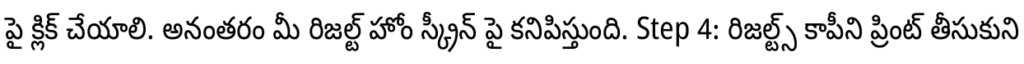
పై క్లిక్ చేయాలి. అనంతరం మీ రిజల్ట్ హోం స్క్రీన్ పై కనిపిస్తుంది. Step 4: రిజల్ట్స్ కాపీని ప్రింట్ తీసుకుని